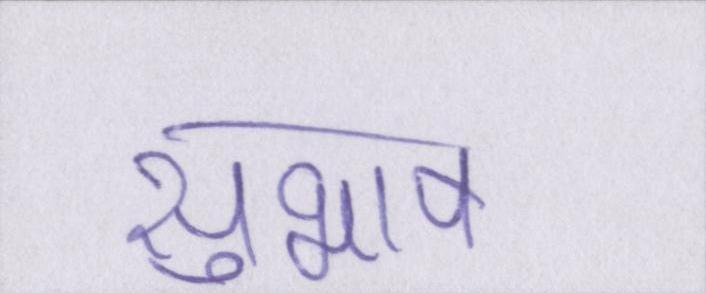
सुभाष